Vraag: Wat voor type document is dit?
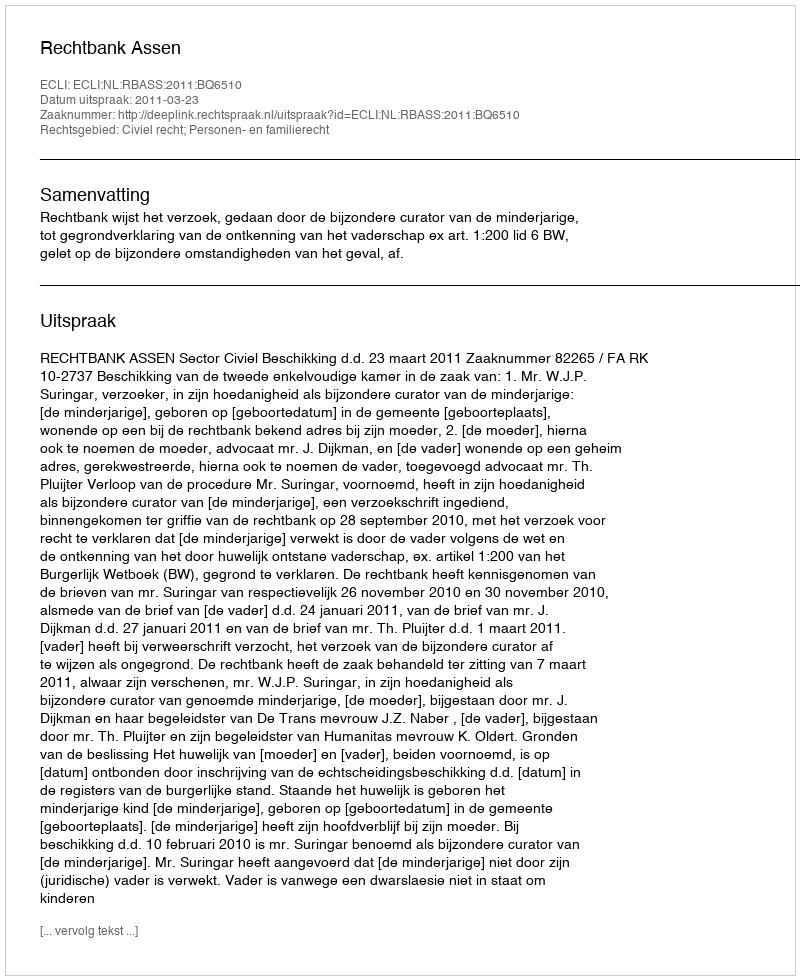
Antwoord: Uitspraak